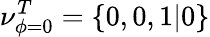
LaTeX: \nu_{\phi=0}^{T}=\{ 0,0,1|0\}